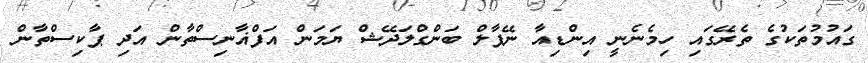
ގައުމުތަކުގެ ތެރޭގައި ހިމެނެނީ އިންޑިއާ ނޭޕާލް ބަންގްލަދޭޝް ޔަމަން އަފްޣާނިސްތާން އަދި ޕާކިސްތާން